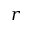
r